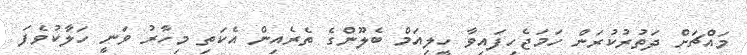
މައްޗަށް ދަތުރުކުރަން ހަމަޖެހިފައިވާ ހީލިއަމް ބެލޫންގެ ތެރެއިން އެކަތި މިހާރު ވަނީ ހަލާކުވެފަ